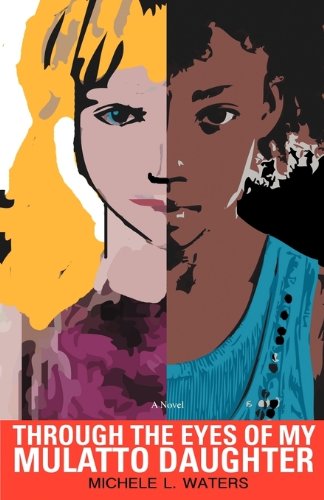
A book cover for Through the Eyes of My Mulatto Daughter; Michele L. Waters; Mystery, Thriller & Suspense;